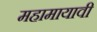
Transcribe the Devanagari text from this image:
महामायावी